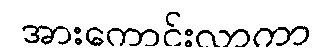
အားကောင်းလာကာ